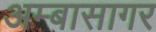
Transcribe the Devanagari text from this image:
अम्बासागर